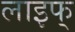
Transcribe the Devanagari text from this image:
लाइफ्